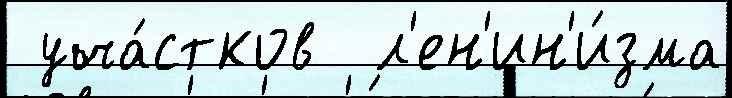
 уча́стков  л'ен'ин'и́зма